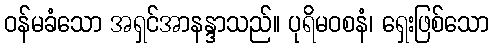
ဝန်မခံသော အရှင်အာနန္ဒာသည်။ ပုရိမဝစနံ၊ ရှေးဖြစ်သော